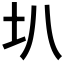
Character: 𫭗